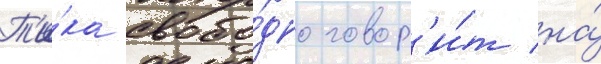
Т'и́ка свобо́дно говор'и́т на́